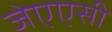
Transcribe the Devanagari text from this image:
जेएएसी